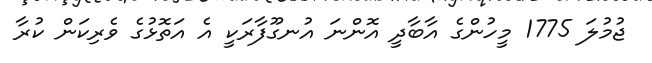
ޖުމުލަ 1775 މީހުންގެ އާބާދީ އޮންނަ އުނގޫފާރަކީ އެ އަތޮޅުގެ ވެރިކަން ކުރާ